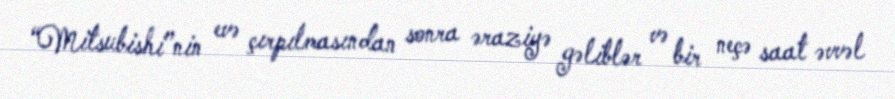
“Mitsubishi”nin evə çırpılmasından sonra əraziyə gəliblər və bir neçə saat əvvəl